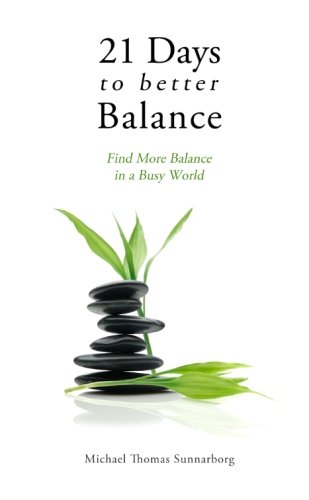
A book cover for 21 Days to Better Balance: Find More Balance in a Busy World; Michael Thomas Sunnarborg; Business & Money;